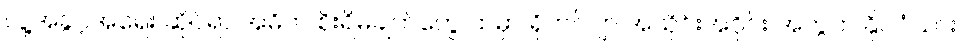
လူ့အခွင့်အရေး ဆိုင်ရာ အဓိက စိုးရိမ်ချက်တွေ ထဲမှာ ရိုဟင်ဂျာ အသိုင်းအဝိုင်း အတွက် နိုင်ငံသား